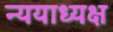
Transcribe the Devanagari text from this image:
न्ययाध्यक्ष